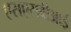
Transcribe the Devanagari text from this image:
एसएसबीआई